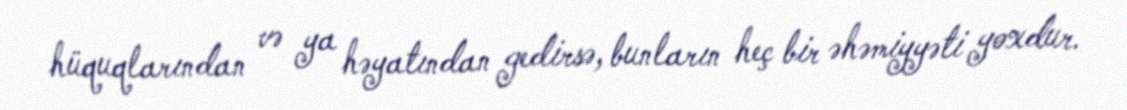
hüquqlarından və ya həyatından gedirsə, bunların heç bir əhəmiyyəti yoxdur.